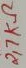
Text: 2,7KΩ